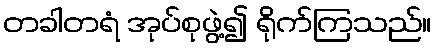
တခါတရံ အုပ်စုဖွဲ့၍ ရိုက်ကြသည်။